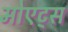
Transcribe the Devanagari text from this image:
मोएट्स